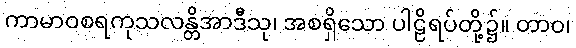
ကာမာဝစရကုသလန္တိအာဒီသု၊ အစရှိသော ပါဠိရပ်တို့၌။ တာဝ၊